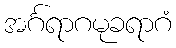
အင်္ဂရာဂမုခရာဂံ